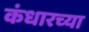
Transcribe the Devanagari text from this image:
कंधारच्या